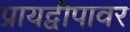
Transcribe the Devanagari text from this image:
प्रायद्वीपावर